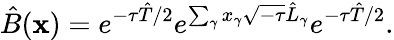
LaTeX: \hat{B}(\textbf{x})=e^{-\tau\hat{T}/2}e^{\sum_{\gamma}x_{\gamma}\sqrt{-\tau}\hat{L}_{\gamma}}e^{-\tau\hat{T}/2}.